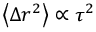
\left\langle { \Delta r ^ { 2 } } \right\rangle \propto \tau ^ { 2 }